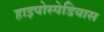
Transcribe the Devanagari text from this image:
हाइपोस्पेडियास